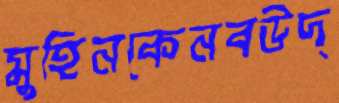
মুহিনকেনবউদ্